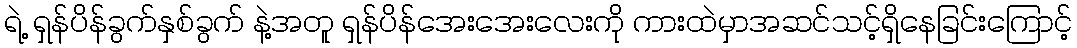
ရဲ့ ရှန်ပိန်ခွက်နှစ်ခွက် နဲ့အတူ ရှန်ပိန်အေးအေးလေးကို ကားထဲမှာအဆင်သင့်ရှိနေခြင်းကြောင့်